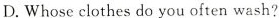
D.Whose clothes do you often wash?